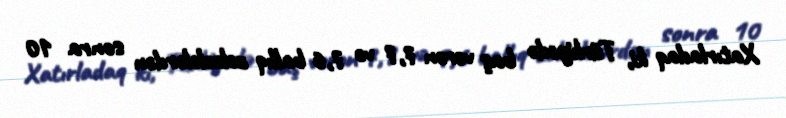
Xatırladaq ki, Türkiyədə baş verən 7,7 və 7,6 ballıq zəlzələlərdən sonra 10